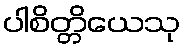
ပါစိတ္တိယေသု